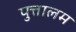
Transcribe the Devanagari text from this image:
पुत्तालम